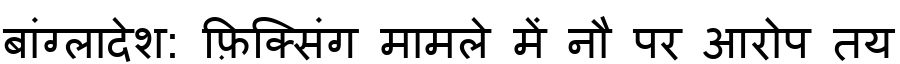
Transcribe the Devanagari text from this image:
बांग्लादेश: फ़िक्सिंग मामले में नौ पर आरोप तय